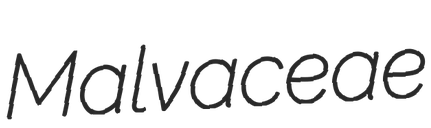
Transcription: Malvaceae